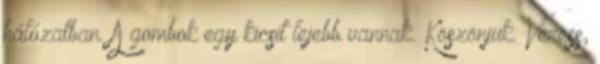
hálózatban. A gombok egy kicsit lejebb vannak. Köszönjük. Veress,